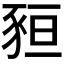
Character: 𧱂